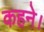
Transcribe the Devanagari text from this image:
कहने।